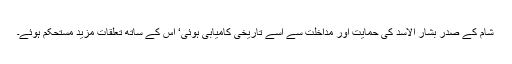
شام کے صدر بشار الاسد کی حمایت اور مداخلت سے اسے تاریخی کامیابی ہوئی‘ اس کے ساتھ تعلقات مزید مستحکم ہوئے۔